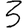
Digit: 3